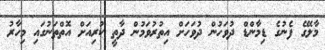
މާލޭގެ ފެނުގެ ޑިމާންޑް ދުވަހުން ދުވަހަށް އިތުރުވަމުން ދާތީ ކުރިއަށް އޮތްތަނުގައި މިހާރު